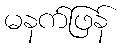
မနက်ဖြန်